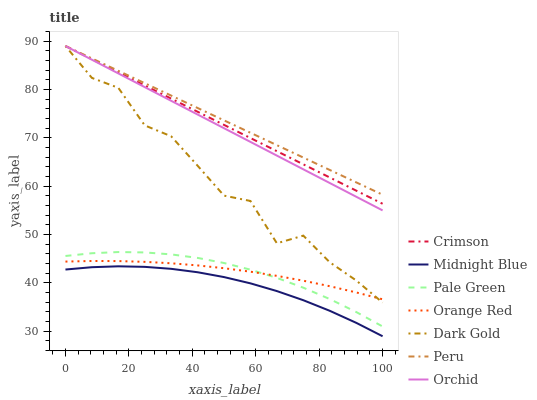
| xaxis_label | Crimson | Midnight Blue | Pale Green | Orange Red | Dark Gold | Peru | Orchid |
 | --- | --- | --- | --- | --- | --- | --- | --- |
 | 0 | 89 | 42.8 | 45.6 | 44.4 | 89 | 89 | 89 |
 | 8.33 | 86.3 | 43.2 | 46.1 | 44.5 | 82.4 | 86.4 | 86.2 |
 | 16.7 | 83.6 | 43.4 | 46.4 | 44.5 | 80.4 | 83.9 | 83.3 |
 | 25 | 80.8 | 43.3 | 46.3 | 44.4 | 72.6 | 81.3 | 80.5 |
 | 33.3 | 78.1 | 42.9 | 45.9 | 44.1 | 70.3 | 78.7 | 77.7 |
 | 41.7 | 75.4 | 42.2 | 45.2 | 43.6 | 64.2 | 76.2 | 74.8 |
 | 50 | 72.7 | 41.2 | 44.1 | 43 | 58.1 | 73.6 | 72 |
 | 58.3 | 70 | 39.9 | 42.7 | 42.3 | 56.9 | 71.1 | 69.2 |
 | 66.7 | 67.2 | 38.3 | 41 | 41.5 | 48.2 | 68.5 | 66.3 |
 | 75 | 64.5 | 36.4 | 39 | 40.5 | 49.8 | 65.9 | 63.5 |
 | 83.3 | 61.8 | 34.2 | 36.7 | 39.3 | 44.3 | 63.4 | 60.7 |
 | 91.7 | 59.1 | 31.7 | 34 | 38 | 40.5 | 60.8 | 57.8 |
 | 100 | 56.4 | 29 | 31 | 36.6 | 35.9 | 58.2 | 55 |